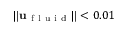
\| \mathbf { u } _ { \mathrm { ~ f ~ l ~ u ~ i ~ d ~ } } \| < 0 . 0 1